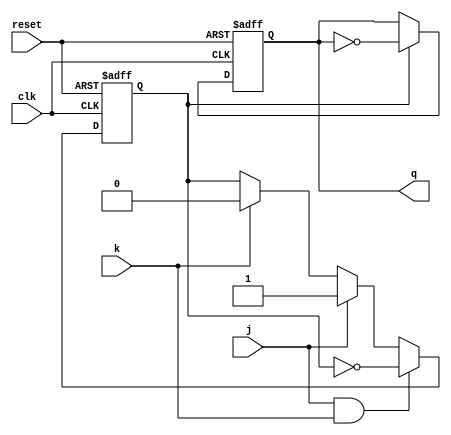
module TFlipFlop (
    input wire clk,
    input wire reset,
    input wire j,
    input wire k,
    output reg q
);

reg t_ff;

always @(posedge clk or posedge reset) begin
    if (reset) begin
        q <= 1'b0;
        t_ff <= 1'b0;
    end
    else begin
        if (j && k) begin
            t_ff <= ~t_ff;
        end
        else if (j) begin
            t_ff <= 1'b1;
        end
        else if (k) begin
            t_ff <= 1'b0;
        end
        
        if (t_ff) begin
            q <= ~q;
        end
    end
end

endmodule